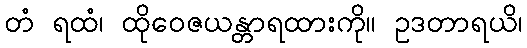
တံ ရထံ၊ ထိုဝေဇယန္တာရထားကို။ ဥဒတာရယိ၊